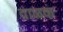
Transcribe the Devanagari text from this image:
वाळकं